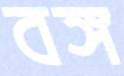
বঙ্গ